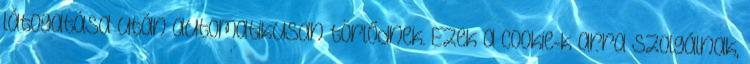
látogatása után automatikusan törlődnek. Ezek a cookie-k arra szolgálnak,